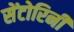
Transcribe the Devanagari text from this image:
सेंटोरिनी